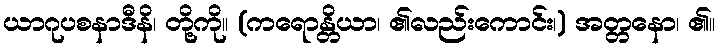
ယာဂုပစနာဒီနိ၊ တို့ကို။ (ကရောန္တိယာ၊ ၏လည်းကောင်း၊) အတ္တနော၊ ၏။